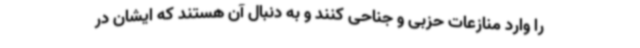
را وارد منازعات حزبی و جناحی کنند و به دنبال آن هستند که ایشان در